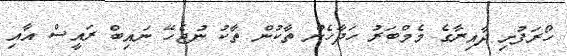
ހޯރަފުށި ދާއިރާގެ މެމްބަރު ހަދާހެން ތާކުން ތާކު ނުޖެހޭ ނައިބް ރައީސް އާއި